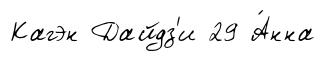
Кагэн Дайдз'и 29 А́нна